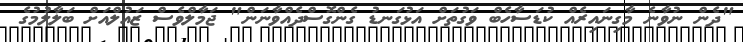
"ދެން ނުވާނެ މާގިނައިރެއް ކުޑަސާހެބް ވަގުތަށް އަޅުގަނޑު ގެންގޮސްދެއްވާނަން" ޖަމާލްވެސް ޒައުލްއަށް ބަލާލުމުގެ